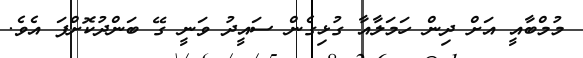
މުމްބާއީ އަށް ދިން ހަމަލާއާ ގުޅިގެން ސައީދު ވަނީ ގޭ ބަންދުކޮށްފަ އެވެ.